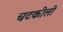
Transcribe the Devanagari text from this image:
चटकीली